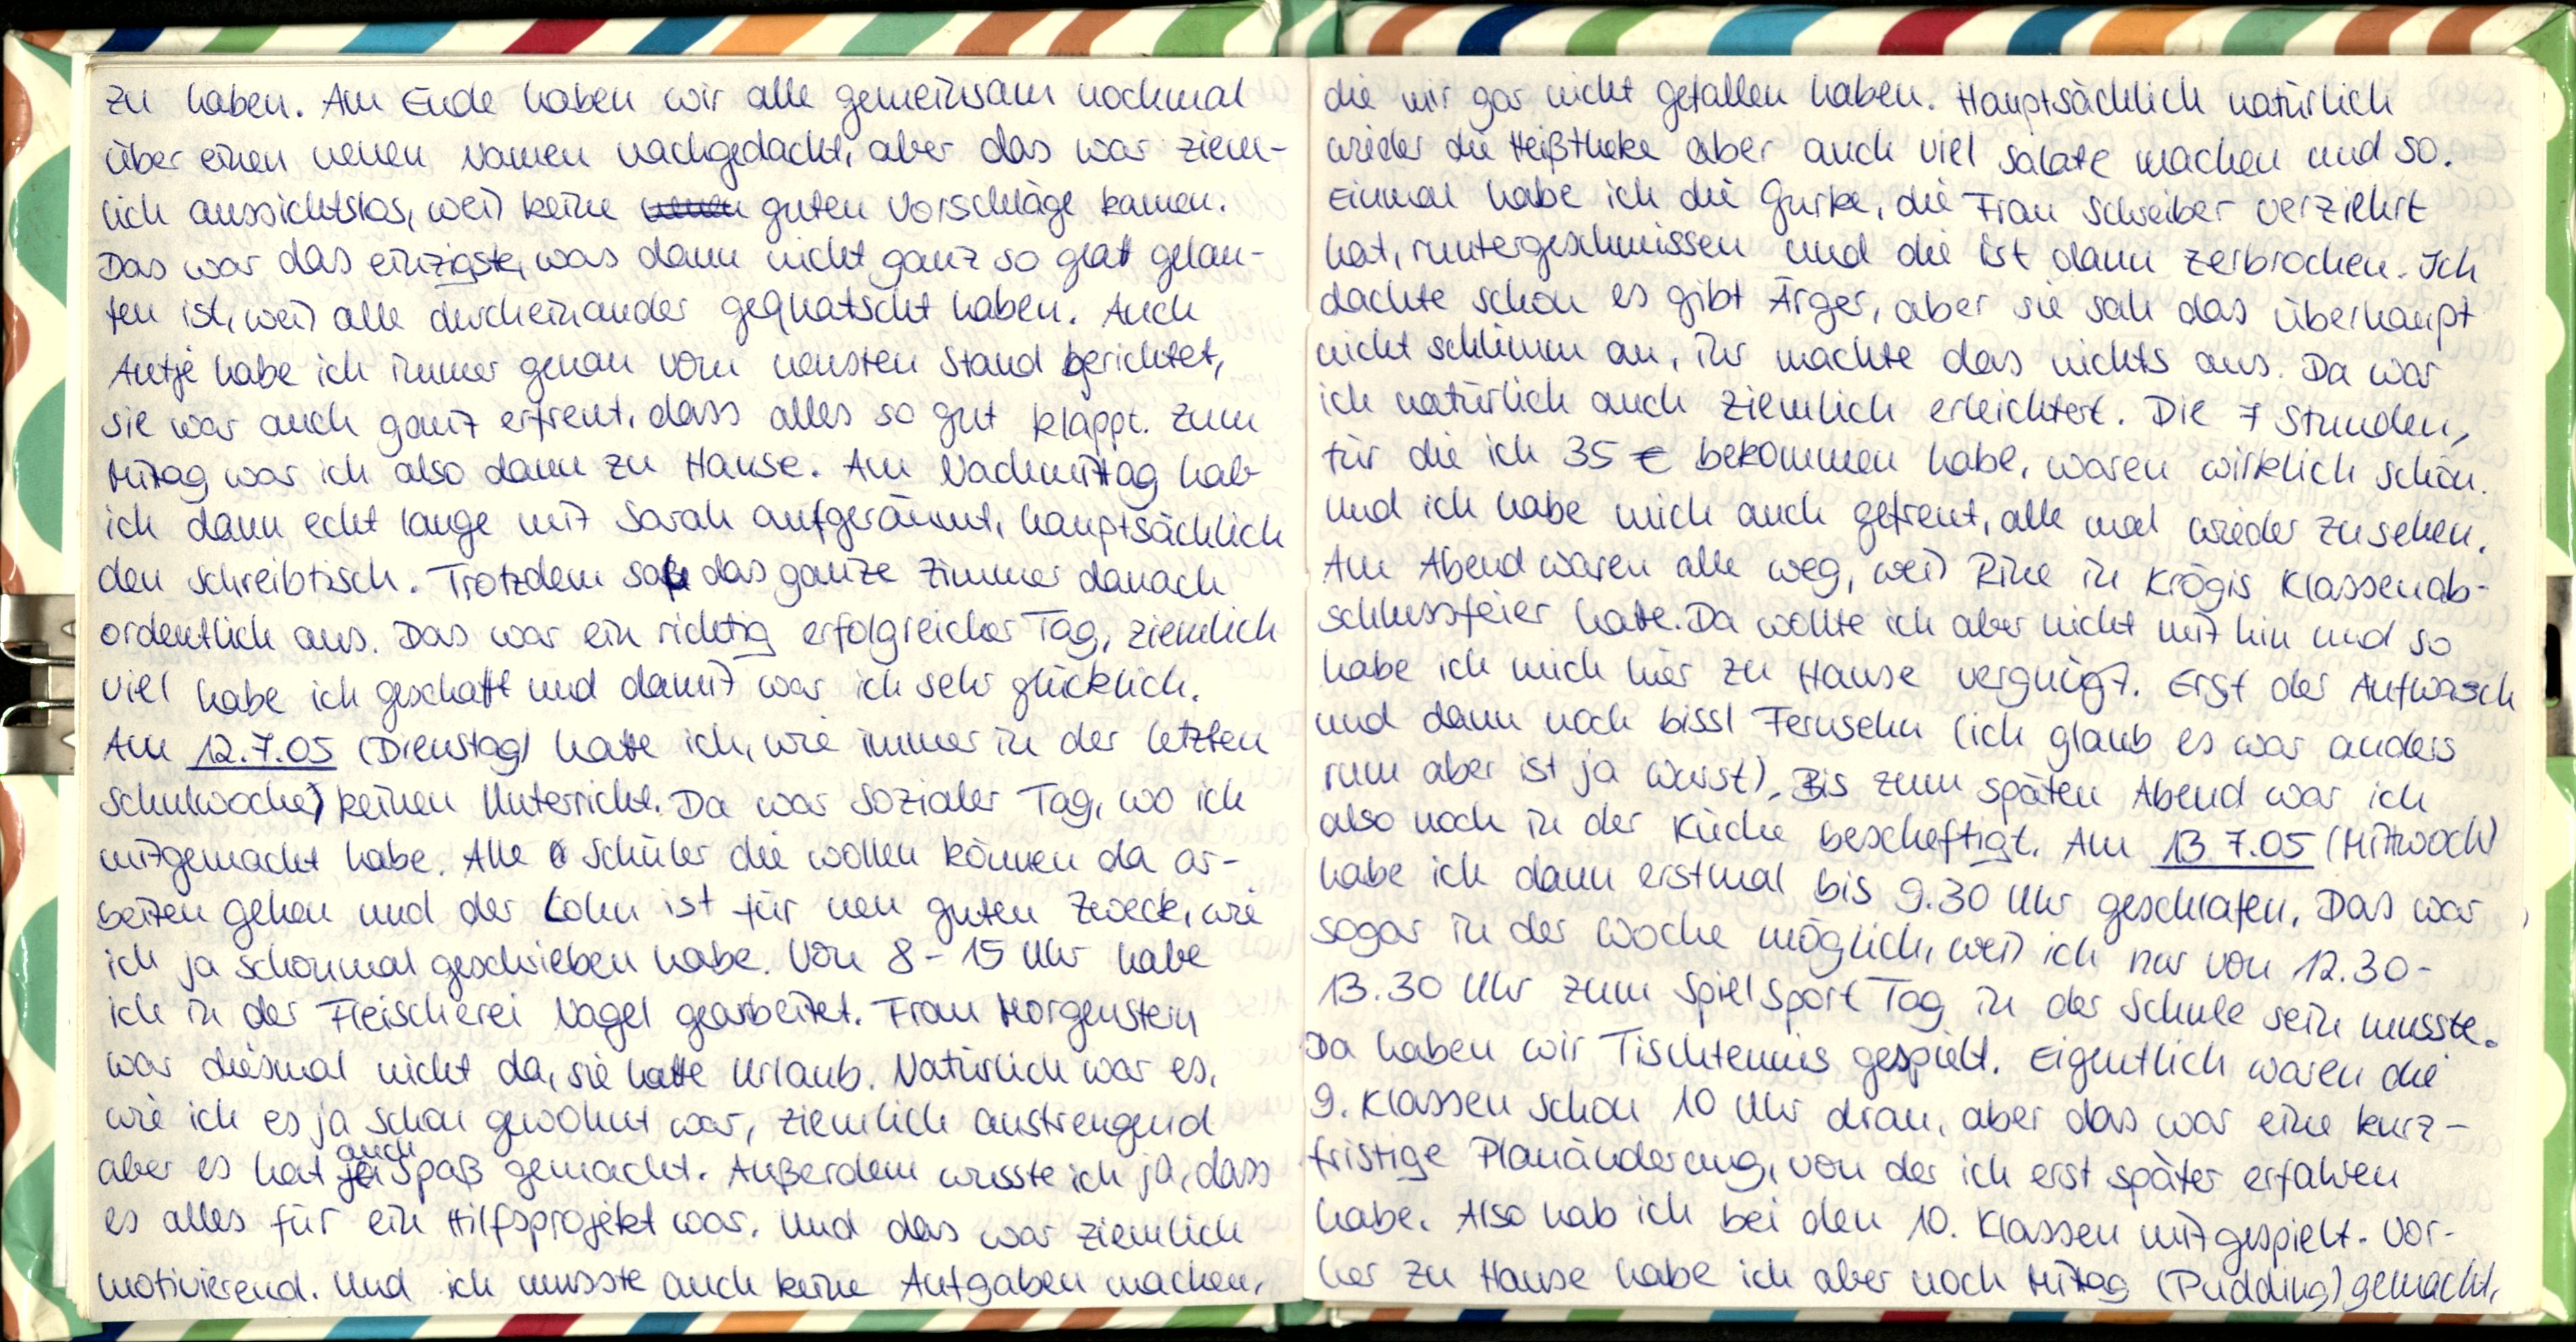
zu haben. Am Ende haben wir alle gemeinsam nochmal
über einen neuen Namen nachgedacht, aber das war ziem-
lich aussichtslos, weil keine guten Vorschläge kamen.
Das war das einzgste, was dann nicht ganz so glatt gelau-
fen ist, weil alle durcheinaider gequatscht haben. Auch
Antje habe ich immer genau vom neusten Stand berichtet,
sie war auch ganz erfreut, dass alles so gut klappt. Zum
Mittag war ich also dann zu Hause. Am Nachmittag hab
ich dann echt lange mit Sarah aufgeräumt, hauptsächlich
den Schreibtisch. Trotzdem sah das ganze Zimmer danach
ordentlich aus. Das war ein richtig erfolgreicher Tag, ziemlich
viel habe ich geschafft und damit war ich sehr glücklich.
Am 12.7.05 (Dienstag) hatte ich, wie immer in der letzten
Schulwoche keinen Unterricht. Da war sozialer Tag, wo ich
mitgemacht habe. Alle Schüler die wollen können da ar-
beiten gehen und der Lohn ist für nen guten Zweck, wie
ich ja schonmal geschrieben habe. Von 8-15 Uhr habe
ich in der Fleischerei Nagel gearbeitet. Frau Morgenstern
war diesmal nicht da, sie hatte Urlaub. Natürlich war es,
wie ich es ja schon gewohnt war, ziemlich anstrengend
aber es hat auch Spaß gemacht. Außerdem wusste ich ja, dass
es alles für ein Hilfsprojekt war. Und das war ziemlich
motivierend. Und ich musste auch keine Aufgaben machen,

die mir gar nicht gefallen haben. Hauptsächlich natürlich
wieder die Heißtheke aber auch viel Salate machen und so.
Einmal habe ich die Gurke, die Frau Schreiber verziehrt
hat, runtergeschmissen und die ist dann zerbrochen. Ich
dachte schon es gibt Ärger, aber sie sah das überhaupt
nicht schlimm an, ihr machte das nichts aus. Da war
ich natürlich auch ziemlich erleichtert. Die 7 Stunden,
für die ich 35 € bekommen habe, waren wirklich schön.
Und ich habe mich auch gefreut, alle mal wieder zu sehen
Am Abend waren alle weg, weil Rine in Krögis Klassenab-
schlussfeier hatte. Da wollte ich aber nicht mit hin und so
habe ich mich hier zu Hause vergnügt. Erst der Aufwasch
und dann noch bissl Fernsehn (ich glaub es war anders
rum aber ist ja Wurst). Bis zum späten Abend war ich
also noch in der Küche bescheftigt. Am 13.7.05 (Mittwoch)
habe ich dann erstmal bis 9.30 Uhr geschlafen. Das war
sogar in der Woche möglich, weil ich nur von 12.30-
13.30 Uhr zum Spielsport Tag in der Schule sein musste.
Da haben wir Tischtenns gespielt. Eigentlich waren die
9. Klassen schon 10 Uhr dran, aber das war eine kurz-
fristige Planänderung, von der ich erst später erfahren
habe. Also hab ich bei den 10. Klassen mitgespielt. Vor-
her zu Hause habe ich aber noch Mittag (Pudding) gemacht,